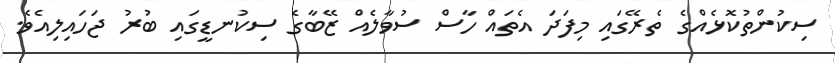
ސިކުންތުކޮޅެއްގެ ތެރޭގައި މިފަދަ އެތައް ހާސް ސުވާލެއް ޒޭބާގެ ސިކުނޑީގައި ބުރު ޖަހައިލިއެވެ.